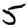
Digit: 5